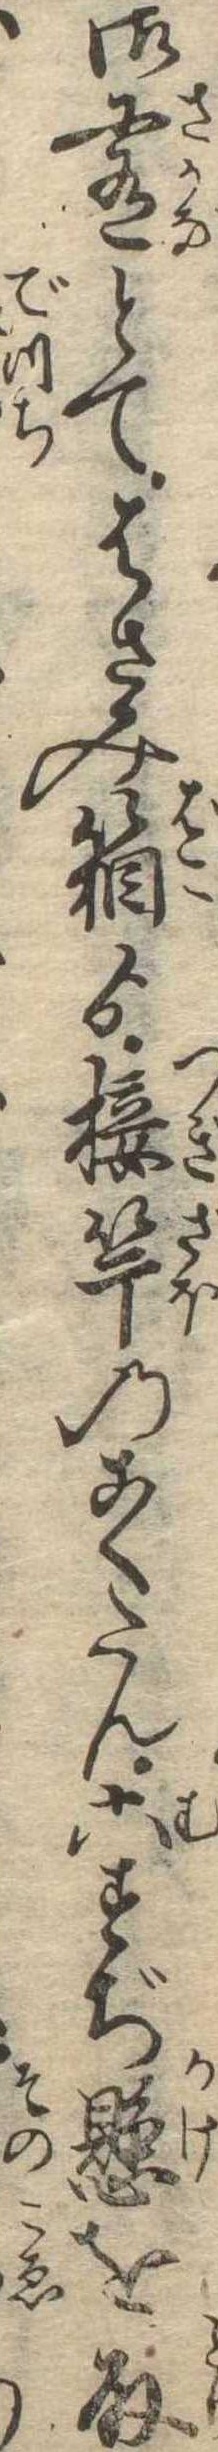
御肴とてはさみ箱ゟ接竿のこくたん六すぢ懸を取